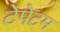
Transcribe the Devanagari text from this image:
टेपेटम